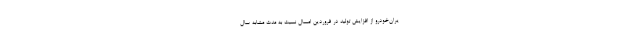
یران‌خودرو از افزایش تولید در فروردین امسال نسبت به مدت مشابه سال